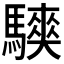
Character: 𱄳